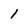
Character: 1